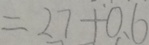
= 2 7 + 0 . 6